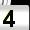
Digit: 4